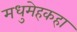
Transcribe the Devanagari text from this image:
मधुमेहकहा